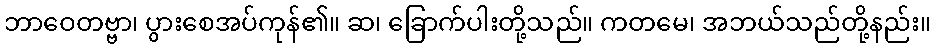
ဘာဝေတဗ္ဗာ၊ ပွားစေအပ်ကုန်၏။ ဆ၊ ခြောက်ပါးတို့သည်။ ကတမေ၊ အဘယ်သည်တို့နည်း။